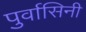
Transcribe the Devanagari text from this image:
पुर्वासिनी